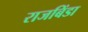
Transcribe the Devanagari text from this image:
राजबिंडा